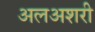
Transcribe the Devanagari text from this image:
अलअशरी